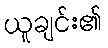
ယူချင်း၏